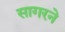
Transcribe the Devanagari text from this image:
सागरने